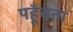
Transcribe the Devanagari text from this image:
पहूँचता